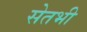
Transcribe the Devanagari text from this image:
सेतभी